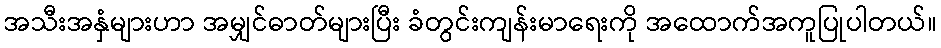
အသီးအနှံများဟာ အမျှင်ဓာတ်များပြီး ခံတွင်းကျန်းမာရေးကို အထောက်အကူပြုပါတယ်။